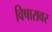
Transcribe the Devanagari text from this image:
विषारावर